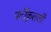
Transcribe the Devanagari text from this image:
पर्टीकुलर्ली